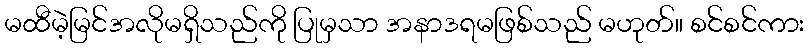
မထီမဲ့မြင်အလိုမရှိသည်ကို ပြုမှသာ အနာဒရမဖြစ်သည် မဟုတ်။ စင်စင်ကား